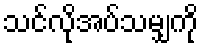
သင်လိုအပ်သမျှကို